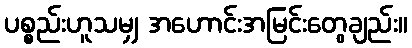
ပစ္စည်းဟူသမျှ အဟောင်းအမြင်းတွေချည်း။